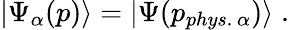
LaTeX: |\Psi_{\alpha}(p)\rangle=|\Psi(p_{phys.\, \alpha})\rangle\; .